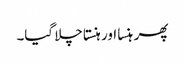
پھر ہنسا اور ہنستا چلا گیا۔